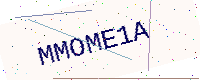
Text: MMOME1A